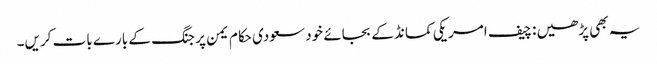
یہ بھی پڑھیں : چیف امریکی کمانڈ کے بجائے خود سعودی حکام یمن پر جنگ کے بارے بات کریں۔